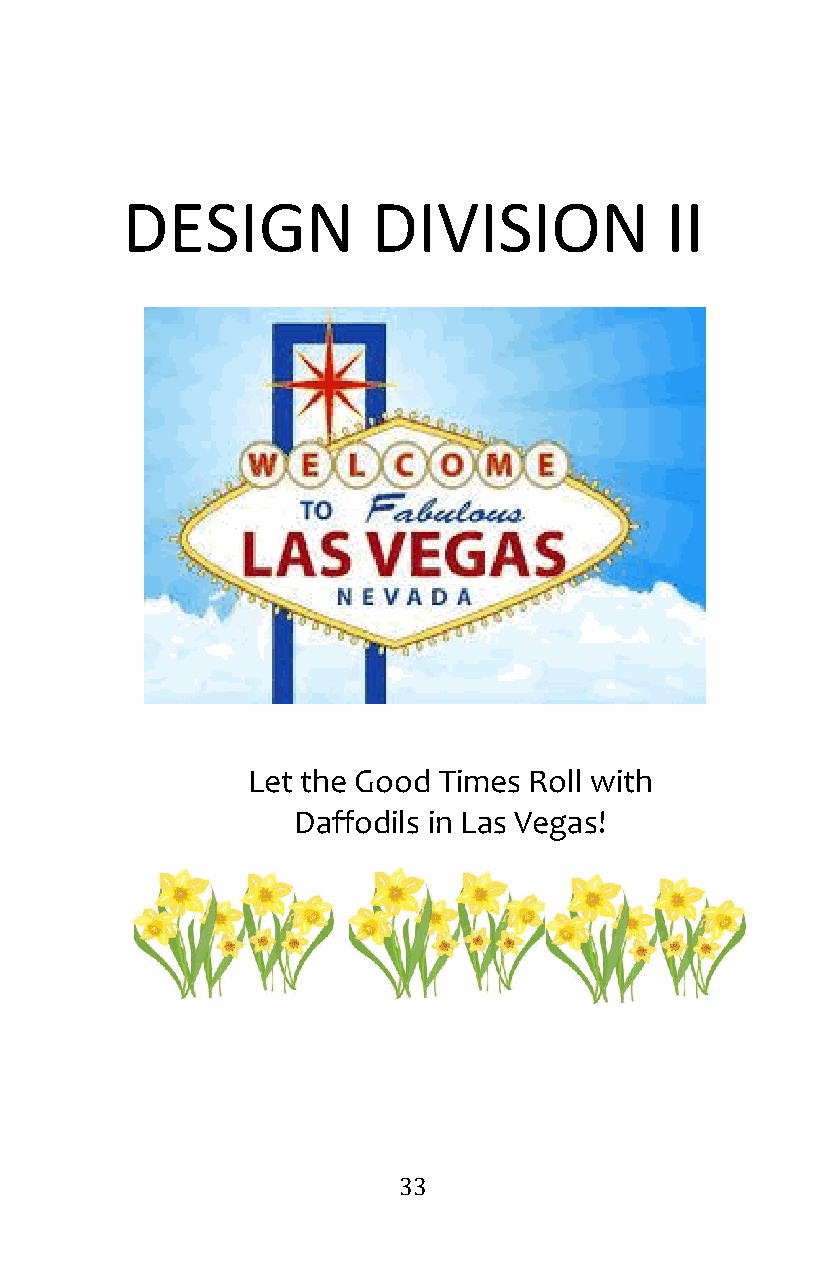
DESIGN           DIVISION           II
 Let the Good Times Roll w ith
 Daffodils in Las Vegas!
 33